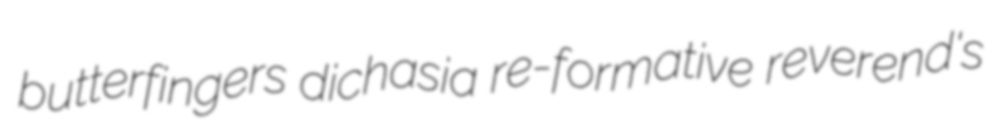
butterfingers dichasia re-formative reverend's